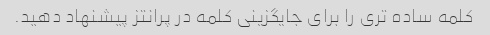
کلمه ساده تری را برای جایگزینی کلمه در پرانتز پیشنهاد دهید.